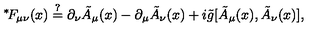
\mathrm { \mathrm { } ^ * \! } F _ { \mu \nu } ( x ) \stackrel { ? } { = } \partial _ { \nu } \tilde { A } _ { \mu } ( x ) - \partial _ { \mu } \tilde { A } _ { \nu } ( x ) + i \tilde { g } [ \tilde { A } _ { \mu } ( x ) , \tilde { A } _ { \nu } ( x ) ] ,